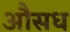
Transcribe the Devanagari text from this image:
औसध